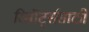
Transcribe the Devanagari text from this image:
रिसॉर्ट्ससाठी